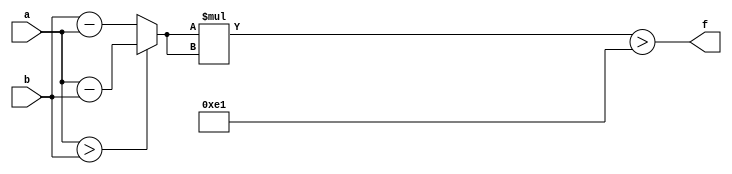
module maxse_mit(a, b, f);
parameter _bit = 33;
parameter maxse = 225;
input [_bit - 1: 0] a;
input [_bit - 1: 0] b;
output f;
wire [_bit - 1: 0] diff;
wire [_bit * 2 - 1: 0] se;
assign diff = (a > b)? (a - b): (b - a);
assign se = diff * diff;
assign f = (se > maxse);
endmodule